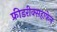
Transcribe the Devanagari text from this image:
फ्रीडरीक्सहाफेन